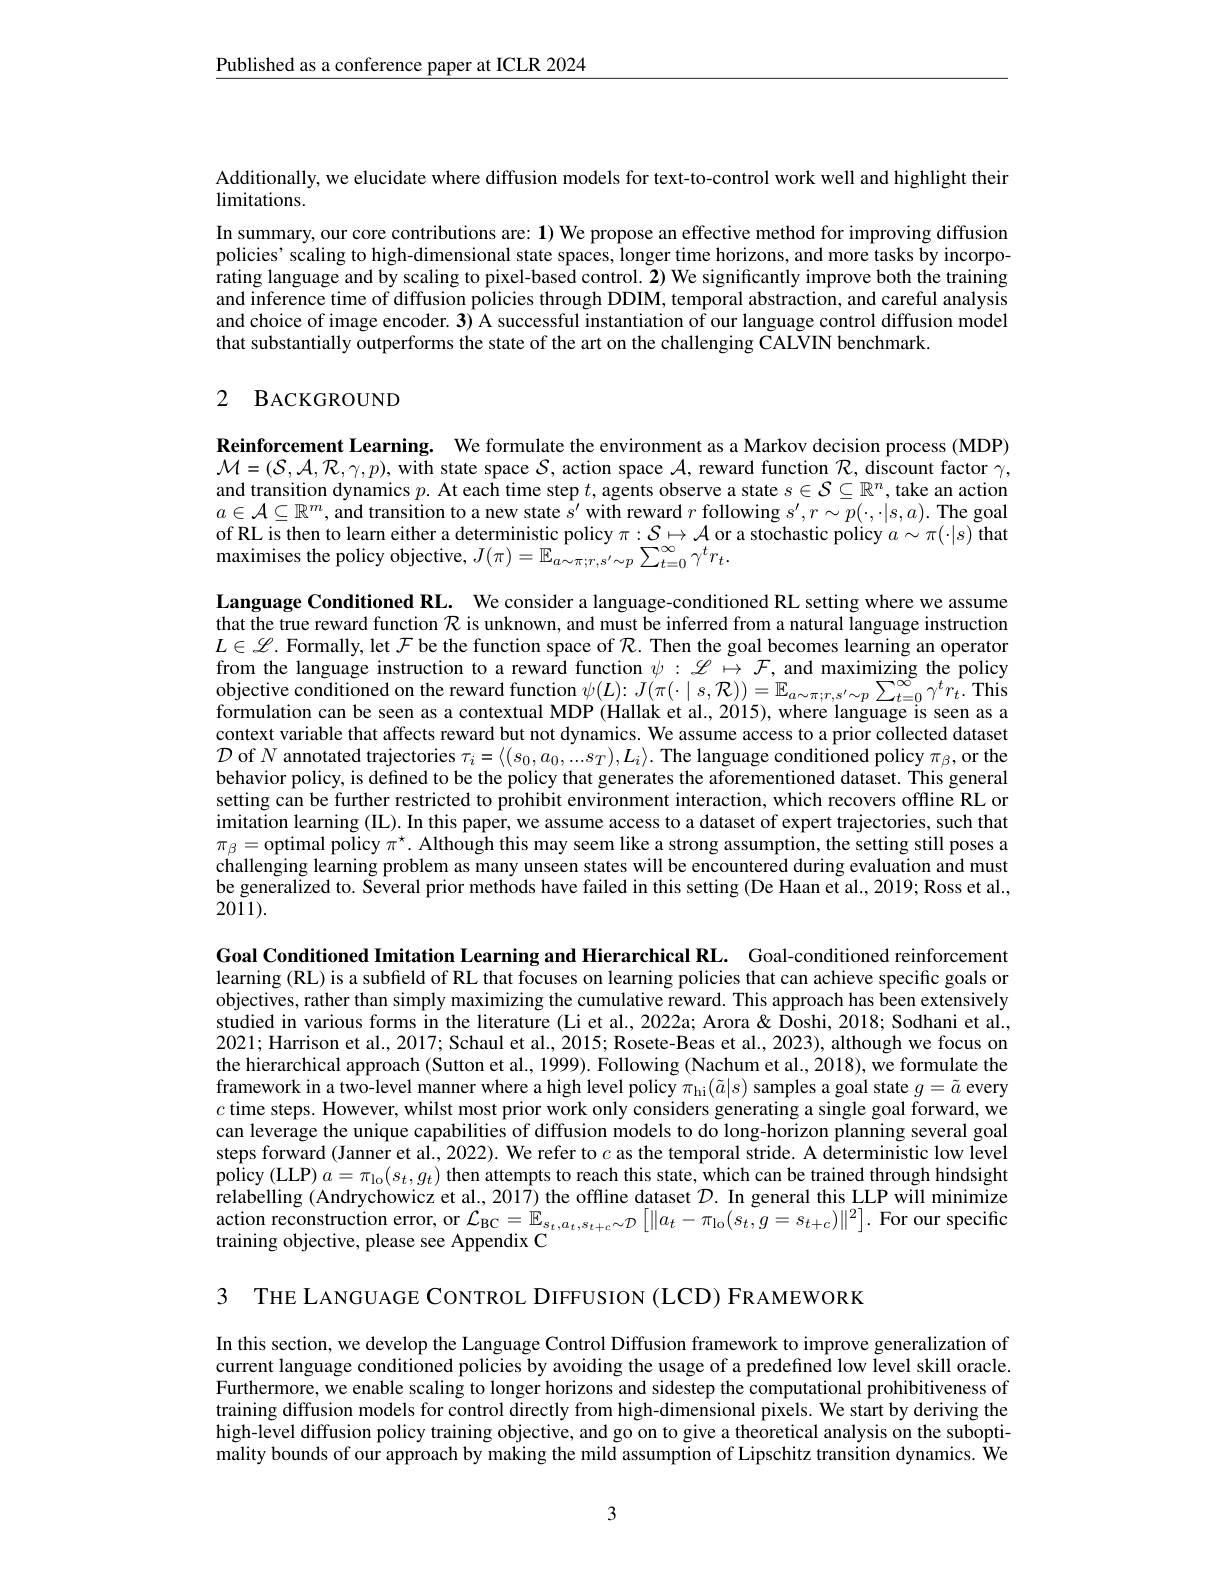
$\underline{\text{Published as a conference paper at ICLR 2024}}$

Additionally, we elucidate where diffusion models for text-to-control work well and highlight their
limitations.

In summary, our core contributions are: $\mathbf{1})$ We propose an effective method for improving diffusion policies' scaling to high-dimensional state spaces, longer time horizons, and more tasks by incorporating language and by scaling to pixel-based control. 2) We significantly improve both the training and inference time of diffusion policies through DDIM, temporal abstraction, and careful analysis and choice of image encoder. 3) A successful instantiation of our language control diffusion model that substantially outperforms the state of the art on the challenging CALVIN benchmark.

# 2 BACKGROUND

Reinforcement Learning. We formulate the environment as a Markov decision process (MDP) $\mathcal{M}=(\mathcal{S},\mathcal{A},\mathcal{R},\gamma,p)$, with state space $\mathcal{S}$, action space $\mathcal{A}$, reward function $\mathcal{R}$, discount factor $\gamma$, and transition dynamics $p.$ At each time step $t$,agents observe a state $s\in\mathcal{S}\subseteq\mathbb{R}^n$, take an action $a\in \mathcal{A} \subseteq \mathbb{R} ^m$,and transition to a new state $\hat{s^{\prime }}$ with reward $r$ following $s^\prime,r\sim p(\cdot,\cdot|s,a).$ The goal of RL is then to learn either a deterministic policy $\pi:\mathcal{S}\mapsto\mathcal{A}$ or a stochastic policy $a\sim\pi(\cdot|s)$ that maximises the policy objective, $J(\pi)=\mathbb{E}_{a\sim\pi;r,s^{\prime}\sim p}^{1}\sum_{t=0}^{\infty}\gamma^{t}r_{t}.$

Language Conditioned RL. We consider a language-conditioned RL setting where we assume that the true reward function $\mathcal{R}$ is unknown, and must be inferred from a natural language instruction $L\in \mathscr{L} .$ Formally, let $\mathcal{F}$ be the function space of $\mathcal{R} .$ Then the goal becomes learning an operator from the language instruction to a reward function $\psi : \mathscr{L} \mapsto \mathcal{F} $,and maximizing the policy objective conditioned on the reward function $\psi ($ formulation can be seen as a contextual MDP (Hallak et al., 2015), where language is seen as a context variable that affects reward but not dynamics. We assume access to a prior collected dataset $\mathcal{D}$ of $N$ annotated trajectories $\tau_i=\langle(s_0,a_0,...s_T),L_i\rangle.$ The language conditioned policy $\pi_\beta$,or the behavior policy, is defined to be the policy that generates the aforementioned dataset. This general setting can be further restricted to prohibit environment interaction, which recovers offline RL or imitation learning (IL). In this paper, we assume access to a dataset of expert trajectories, such that $\pi_\beta=$optimal policy $\pi^\star.$ Although this may seem like a strong assumption, the setting still poses a challenging learning problem as many unseen states will be encountered during evaluation and must be generalized to. Several prior methods have failed in this setting (De Haan et al., 2019; Ross et al., $20\tilde{1}1).$

Goal Conditioned Imitation Learning and Hierarchical RL. Goal-conditioned reinforcement learning (RL) is a subfield of RL that focuses on learning policies that can achieve specific goals or objectives, rather than simply maximizing the cumulative reward. This approach has been extensively studied in various forms in the literature (Li et al., 2022a; Arora &Doshi, 2018; Sodhani et al., 2021; Harrison et al., 2017; Schaul et al., 2015; Rosete-Beas et al., 2023), although we focus on the hierarchical approach (Sutton et al., 1999). Following (Nachum et al., 2018), we formulate the framework in a two-level manner where a high level policy $\pi_\mathrm{hi}(\tilde{a}|s)$ samples a goal state $g=\tilde{a}$ every $c$ time steps. However, whilst most prior work only considers generating a single goal forward, we can leverage the unique capabilities of diffusion models to do long-horizon planning several goal steps forward (Janner et al., 2022). We refer to $c$ as the temporal stride. A deterministic low level policy (LLP) $a=\pi_{\mathrm{lo}}(s_{t},g_{t})$ then attempts to reach this state, which can be trained through hindsight relabelling (Andrychowicz et al., 2017) the offline dataset $\mathcal{D}.$ In general this LLP will minimize $\begin{array}{l}{\text{action reconstruction error, or }\mathcal{L}_{\mathrm{BC}}=\mathbb{E}_{s_{t},a_{t},s_{t+c}\sim\mathcal{D}}\left[\|a_{t}-\pi_{\mathrm{lo}}(s_{t},g=s_{t+c})\|^{2}\right].}\\{\text{training objective, please see Appendix C}}\end{array}$

3 THE LANGUAGE CONTROL DIFFUSION (LCD) FRAMEWORK

In this section, we develop the Language Control Diffusion framework to improve generalization of current language conditioned policies by avoiding the usage of a predefined low level skill oracle. Furthermore, we enable scaling to longer horizons and sidestep the computational prohibitiveness of training diffusion models for control directly from high-dimensional pixels. We start by deriving the high-level diffusion policy training objective, and go on to give a theoretical analysis on the suboptimality bounds of our approach by making the mild assumption of Lipschitz transition dynamics. $\hat{\text{We}}$

3